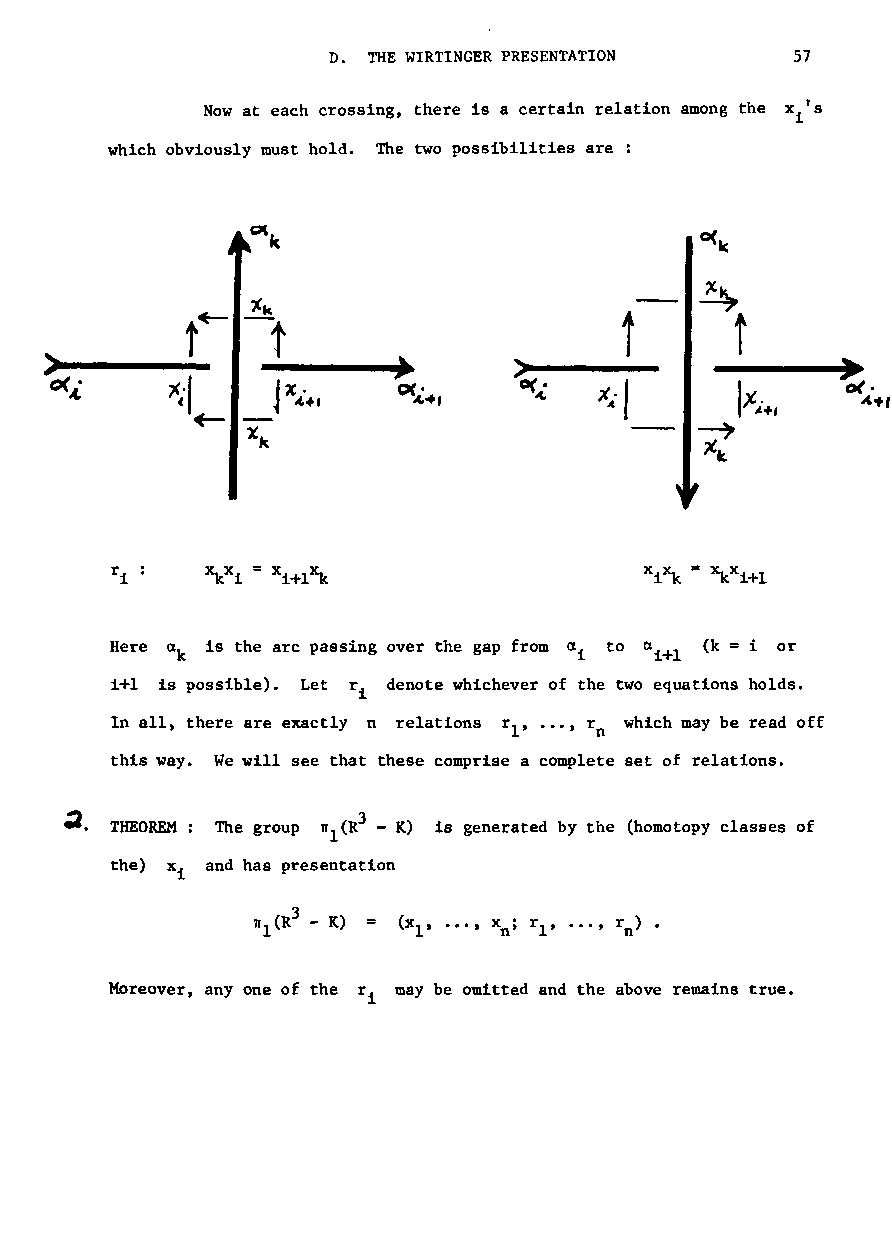
D. THE WIRTINGER PRESENTATION  57
 Now at each crossing, there is a certain relation among the x 's
 i
 which obviously must hold. The two possibilities are :
 ~k
 o(k
 ~k
 tk                           ~
 t~  -t                       i       f
 )                      ) ..    ~.                    ~
 0( A- . ,c~'1  J'" ;1.+, ~ ,    4    Xii      IX i+, 0( ~. +,
 +-
 'X                            ~
 k
 k
 =
 Here Qk is the arc passing over the gap from a i to Qi+l (k i or
 i+l is possible). Let r denote whichever of the two equations holds.
 i
 In all there are exactly n relations r , •••, r which may be read off
 t                      1    n
 this way. We will see that these comprise a complete set of relations.
 ~.               ~1(R3
 THEOREM: The group - K) is generated by the (homotopy classes of
 the) xi and has presentation
 ...
 ,
 xn·'
 MOreover, anyone of the r may be omitted and the above remains true.
 i